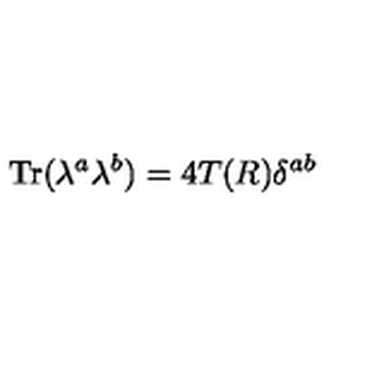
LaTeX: \mathrm { T r } ( \lambda ^ { a } \lambda ^ { b } ) = 4 T ( R ) \delta ^ { a b }